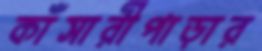
কাঁসারীপাড়ার